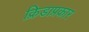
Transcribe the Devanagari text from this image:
क्रिडाप्रकार